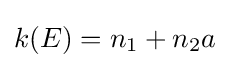
k(E)=n_{1}+n_{2}a